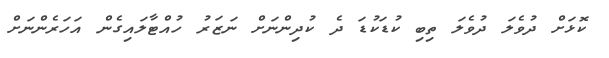
ކޮޅަށް ދުވެލަ ދުވެލަ ތިބި ކުޑަކުޑަ ދެ ކުދިންނަށް ނަޒަރު ހުއްޓާލައިގެން އަހަރެންނަށް